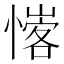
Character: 𢡦